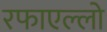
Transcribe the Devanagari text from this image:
रफाएल्लो